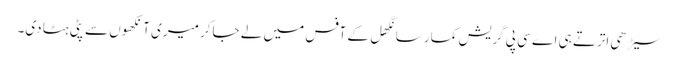
سیڑھی اترتے ہی اے سی پی گریش کمار سانگھل کے آفس میں لے جاکر میری آنکھوں سے پٹی ہٹا دی۔